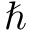
\hslash